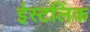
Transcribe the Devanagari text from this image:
ईस्टलिंक